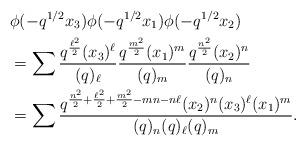
LaTeX: \begin{align*}&\phi(-q^{1/2} x_3) \phi(-q^{1/2} x_1) \phi(-q^{1/2} x_2)\\ &=\sum \frac{q^{\frac{\ell^2}{2}}(x_{3})^{\ell}}{(q)_{\ell}}\frac{q^{\frac{m^2}{2}}(x_{1})^{m}}{(q)_{m}}\frac{q^{\frac{n^2}{2}}(x_{2})^{n}}{(q)_{n}}\\&=\sum \frac{q^{\frac{n^2}{2}+\frac{\ell^2}{2}+\frac{m^2}{2}-mn-n\ell}(x_{2})^{n}(x_{3})^{\ell}(x_{1})^{m}}{(q)_{n}(q)_{\ell}(q)_{m}}.\end{align*}